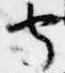
守